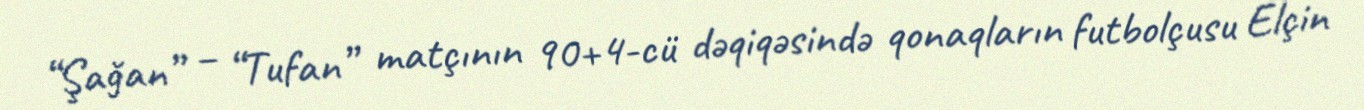
“Şağan” – “Tufan” matçının 90+4-cü dəqiqəsində qonaqların futbolçusu Elçin